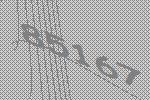
85167